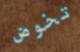
تخوض